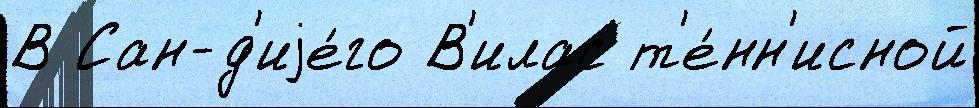
В Сан-д'иjе́го В'илас т'е́нн'исной